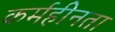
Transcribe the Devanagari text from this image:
कर्महीनता